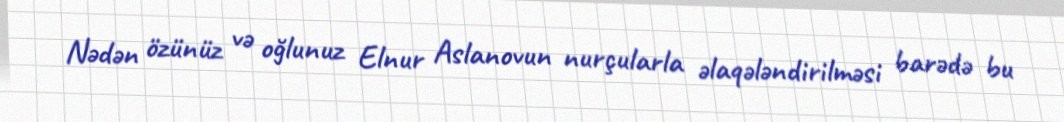
Nədən özünüz və oğlunuz Elnur Aslanovun nurçularla əlaqələndirilməsi barədə bu